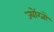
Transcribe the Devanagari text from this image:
ज्योंग्जो